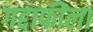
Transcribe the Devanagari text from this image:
गद्दाफीला